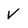
Character: V